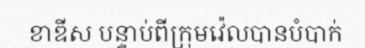
ខាឌីស បន្ទាប់ពីក្រុមវ៉េលបានបំបាក់